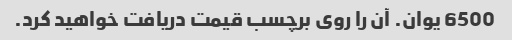
6500 یوان. آن را روی برچسب قیمت دریافت خواهید کرد.